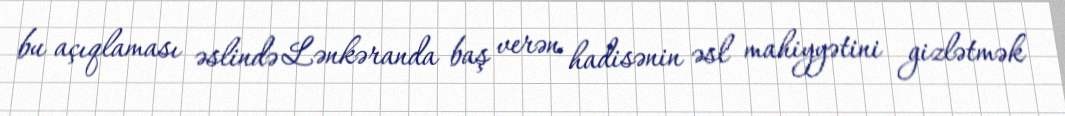
bu açıqlaması əslində Lənkəranda baş verən hadisənin əsl mahiyyətini gizlətmək